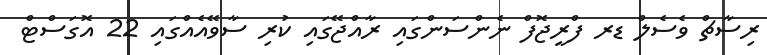
ރިސާޗް ވެސެލް ޑރ ފްރީޖޮފް ނެންސަންގައި ރާއްޖޭގައި ކުރި ސާވޭއެއްގައި 22 އޮގަސްޓް